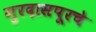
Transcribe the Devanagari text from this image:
गुरदासपूरचे